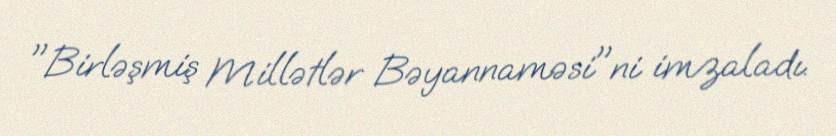
"Birləşmiş Millətlər Bəyannaməsi"ni imzaladı.